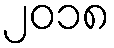
၂၀၁၈